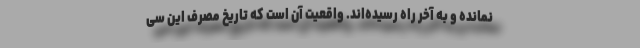
نمانده و به آخر راه رسیده‌اند. واقعیت آن است که تاریخ مصرف این سی